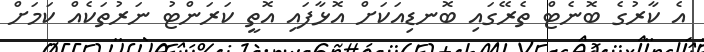
އެ ކާރުގެ ބޮނެޓް ތެރޭގައި ބޮނޑިއަކަށް އޮޅާފައި އޮތީ ކަރަންޓު ނަރުތަކެއް ކަމަށް